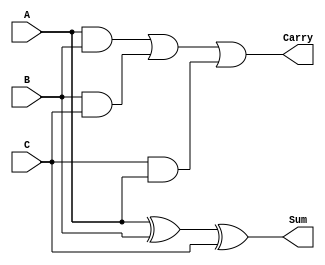
module full_adder_3input (
    input wire [N-1:0] A,
    input wire [N-1:0] B,
    input wire [N-1:0] C,
    output wire [N-1:0] Sum,
    output wire [N-1:0] Carry
);
    parameter N = 8; // Bit width

    assign Sum = A ^ B ^ C; // Sum without carry
    assign Carry = (A & B) | (B & C) | (C & A); // Carry output
endmodule